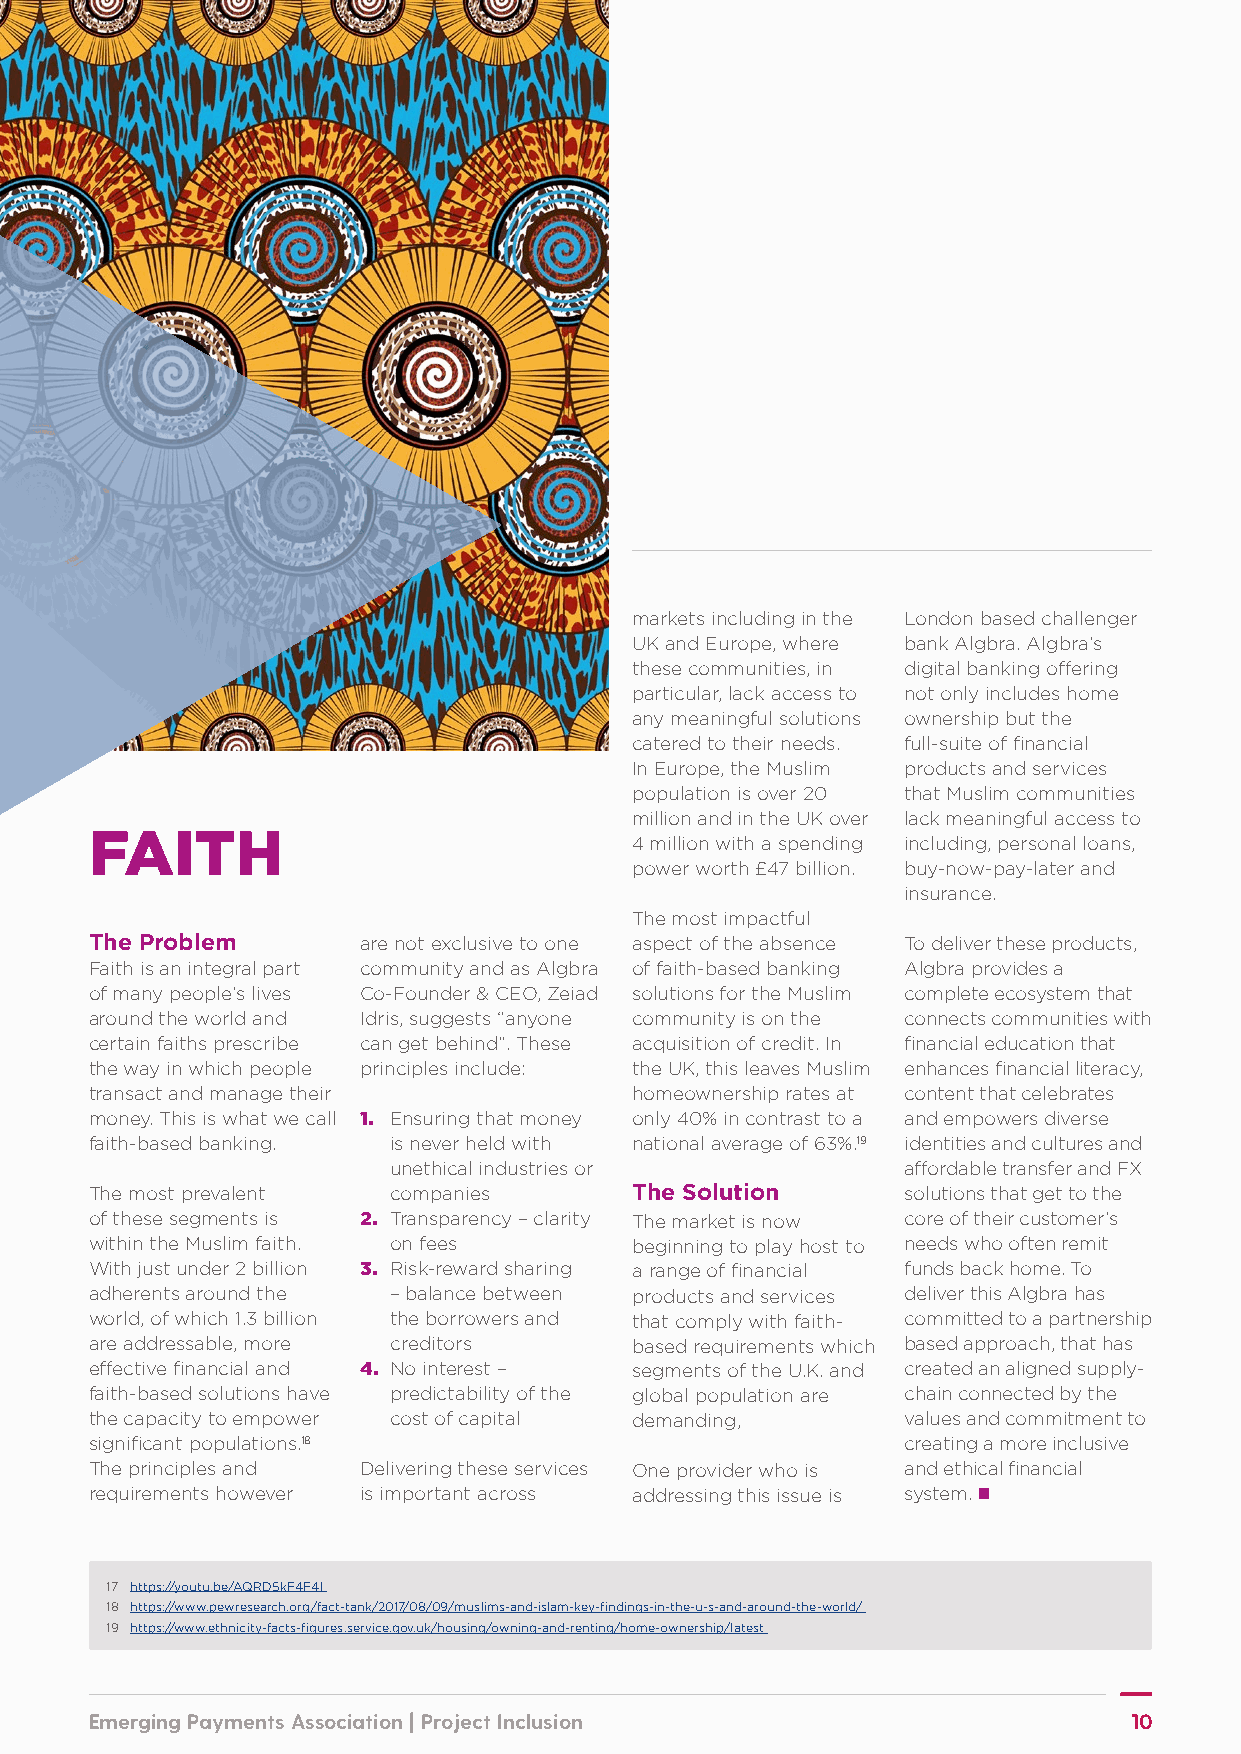
markets including in the London based challenger
 UK and Europe, where bank Algbra. Algbra’s
 these communities, in digital banking offering
 particular, lack access to not only includes home
 any meaningful solutions ownership but the
 catered to their needs. full-suite of financial
 In Europe, the Muslim products and services
 population is over 20 that Muslim communities
 million and in the UK over lack meaningful access to
 FAITH                               4 million with a spending including, personal loans,
 power worth £47 billion. buy-now-pay-later and
 insurance.
 The most impactful
 The Problem       are not exclusive to one aspect of the absence To deliver these products,
 Faith is an integral part community and as Algbra of faith-based banking Algbra provides a
 of many people’s lives Co-Founder & CEO, Zeiad solutions for the Muslim complete ecosystem that
 around the world and Idris, suggests “anyone community is on the connects communities with
 certain faiths prescribe can get behind”. These acquisition of credit. In financial education that
 the way in which people principles include: the UK, this leaves Muslim enhances financial literacy,
 transact and manage their           homeownership rates at content that celebrates
 money. This is what we call 1. Ensuring that money only 40% in contrast to a and empowers diverse
 faith-based banking. is never held with national average of 63%.19 identities and cultures and
 unethical industries or           affordable transfer and FX
 The most prevalent  companies       The Solution      solutions that get to the
 of these segments is 2. Transparency – clarity The market is now core of their customer’s
 within the Muslim faith. on fees    beginning to play host to needs who often remit
 With just under 2 billion 3. Risk-reward sharing a range of financial funds back home. To
 adherents around the –balance between products and services deliver this Algbra has
 world, of which 1.3 billion the borrowers and that comply with faith- committed to a partnership
 are addressable, more creditors     based requirements which based approach, that has
 effective financial and 4. No interest – segments of the U.K. and created an aligned supply-
 faith-based solutions have predictability of the global population are chain connected by the
 the capacity to empower cost of capital demanding,    values and commitment to
 significant populations.18                            creating a more inclusive
 The principles and Delivering these services One provider who is and ethical financial
 requirements however is important across addressing this issue is system. n
 17 https://youtu.be/AQRD5kF4F4I
 18 https://www.pewresearch.org/fact-tank/2017/08/09/muslims-and-islam-key-findings-in-the-u-s-and-around-the-world/
 19 https://www.ethnicity-facts-figures.service.gov.uk/housing/owning-and-renting/home-ownership/latest
 Emerging Payments Association | Project Inclusion                    10